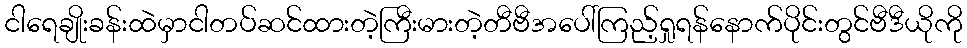
ငါရေချိုးခန်းထဲမှာငါတပ်ဆင်ထားတဲ့ကြီးမားတဲ့တီဗီအပေါ်ကြည့်ရှုရန်နောက်ပိုင်းတွင်ဗီဒီယိုကို